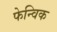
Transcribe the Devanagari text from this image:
फेन्विक